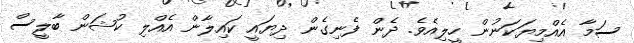
ސަމާ އެއްމިޔަކަނުން ހީލިއެވެ. ދެން ފެނިގެން ދިޔައީ ކައިލާން އެއްލި ކުޝަން ބާލީސް